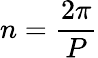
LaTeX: n={\frac{2\pi}{P}}